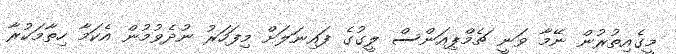
މީގެއިތުރުން ނޭމާ ވަނީ ޗެމްޕިއަންސް ލީގުގެ ފައިނަލަށް މިފަހަރު ނުދެވުމުން އެކަމާ ހިތާމަކުރާ